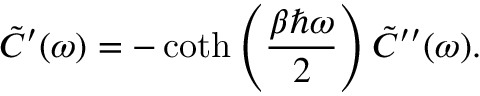
\tilde { C } ^ { \prime } ( \omega ) = - \coth \left( \frac { \beta \hbar \omega } { 2 } \right) \tilde { C } ^ { \prime \prime } ( \omega ) .